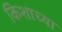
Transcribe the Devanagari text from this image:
किशाच्या